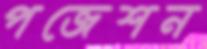
পজেশন